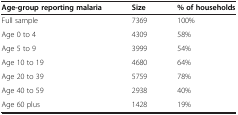
| Age-group reporting malaria | Size | % of households |
 | --- | --- | --- |
 | Full sample | 7369 | 100% |
 | Age 0 to 4 | 4309 | 58% |
 | Age 5 to 9 | 3999 | 54% |
 | Age 10 to 19 | 4680 | 64% |
 | Age 20 to 39 | 5759 | 78% |
 | Age 40 to 59 | 2938 | 40% |
 | Age 60 plus | 1428 | 19% |